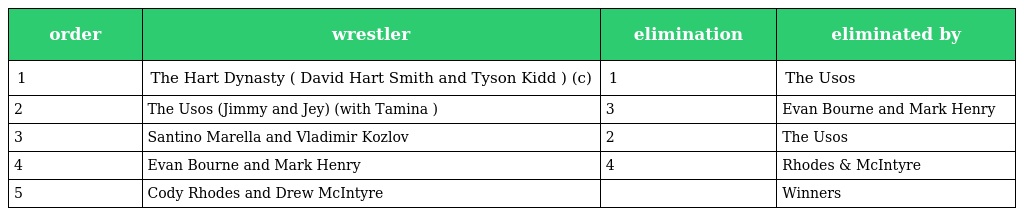
| order | wrestler | elimination | eliminated by |
 | --- | --- | --- | --- |
 | 1 | The Hart Dynasty ( David Hart Smith and Tyson Kidd ) (c) | 1 | The Usos |
 | 2 | The Usos (Jimmy and Jey) (with Tamina ) | 3 | Evan Bourne and Mark Henry |
 | 3 | Santino Marella and Vladimir Kozlov | 2 | The Usos |
 | 4 | Evan Bourne and Mark Henry | 4 | Rhodes & McIntyre |
 | 5 | Cody Rhodes and Drew McIntyre |  | Winners |